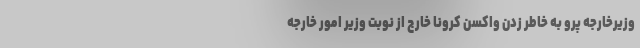
وزیرخارجه پرو به خاطر زدن واکسن کرونا خارج از نوبت وزیر امور خارجه